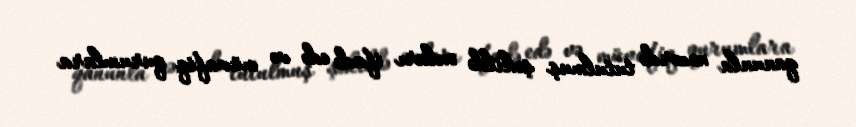
qanunla nəzərdə tutulmuş şəkildə onları ifadə edə və müvafiq qurumlara